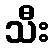
သီး